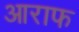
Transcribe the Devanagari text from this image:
आराफ